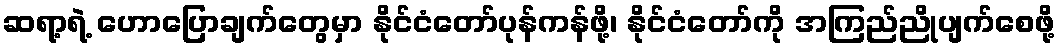
ဆရာ့ရဲ့ ဟောပြောချက်တွေမှာ နိုင်ငံတော်ပုန်ကန်ဖို့၊ နိုင်ငံတော်ကို အကြည်ညိုပျက်စေဖို့